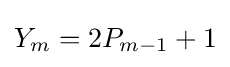
Y_{m}=2P_{m-1}+1